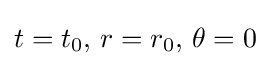
t=t_{0},\,r=r_{0},\,\theta =0